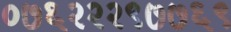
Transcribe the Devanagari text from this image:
०७६२२२९७७६९